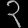
Digit: ၃